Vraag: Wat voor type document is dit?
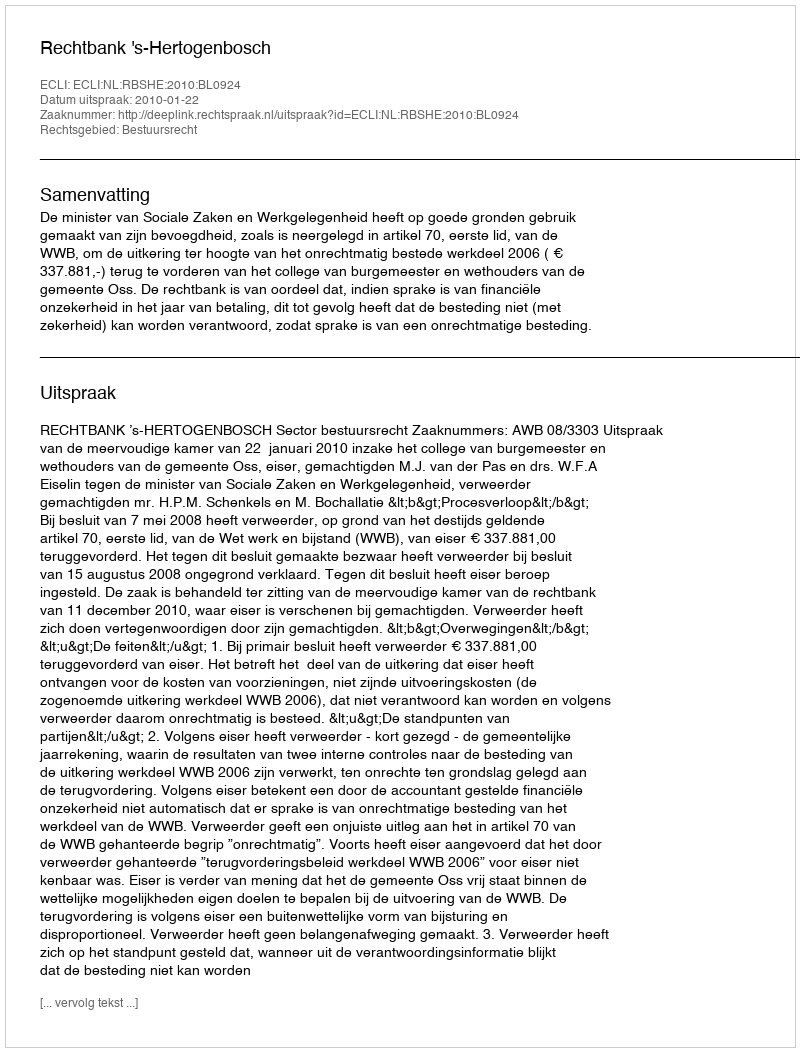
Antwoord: Uitspraak